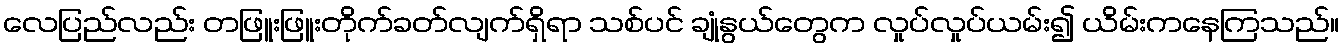
လေပြည်လည်း တဖြူးဖြူးတိုက်ခတ်လျက်ရှိရာ သစ်ပင် ချုံနွယ်တွေက လှုပ်လှုပ်ယမ်း၍ ယိမ်းကနေကြသည်။